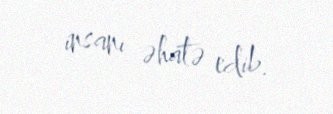
insanı əhatə edib.